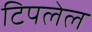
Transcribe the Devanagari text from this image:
टिपलेल